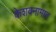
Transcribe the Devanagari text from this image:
केशवनामात